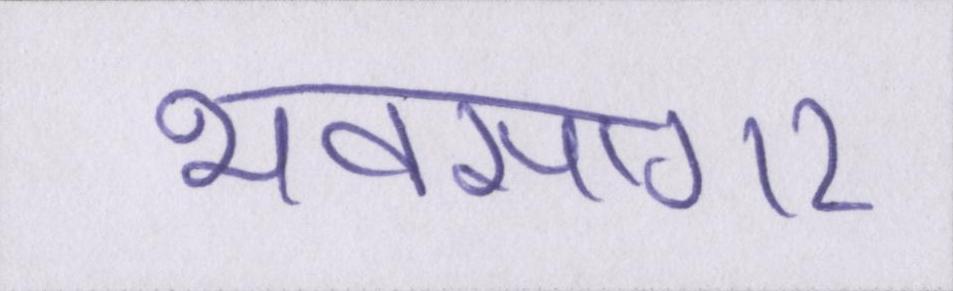
भवसागर